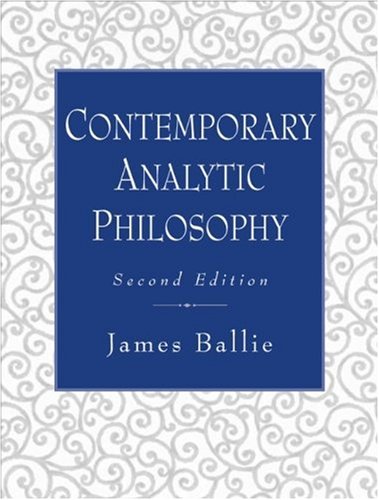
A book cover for Contemporary Analytic Philosophy: Core Readings (2nd Edition); James Baillie; Politics & Social Sciences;